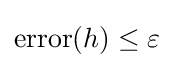
{\text{error}}(h)\leq \varepsilon